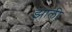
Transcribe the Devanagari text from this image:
झाली़